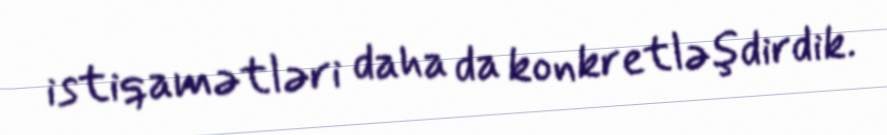
istiqamətləri daha da konkretləşdirdik.